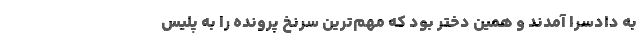
به دادسرا آمدند و همین دختر بود که مهم‌ترین سرنخ پرونده را به پلیس